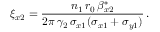
\xi _ { x 2 } = \frac { n _ { 1 } \, r _ { 0 } \, \beta _ { x 2 } ^ { * } } { 2 \pi \, \gamma _ { 2 } \, \sigma _ { x 1 } ( \sigma _ { x 1 } + \sigma _ { y 1 } ) } \, .